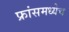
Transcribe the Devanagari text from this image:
फ्रांसमध्येच